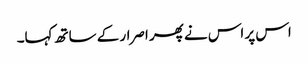
اس پر اس نے پھر اصرار کے ساتھ کہا۔